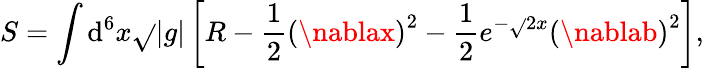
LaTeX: S=\int\mathrm{d}^{6}x\sqrt{}{{|g|}}\left[R-\frac{{1}}{{2}}\left(\nablax\right)^{2}-\frac{{1}}{{2}}e^{-\sqrt{}{{2}}x}\left(\nablab\right)^{2}\right],